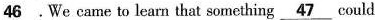
\underline{46}.We came to learn that something\underline{47}could